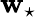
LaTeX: \mathbf{w}_{\star}